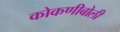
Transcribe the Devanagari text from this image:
कोकणीबोली